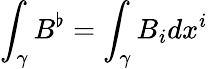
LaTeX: \int_{\gamma}B^{\flat}=\int_{\gamma}B_{i}dx^{i}